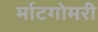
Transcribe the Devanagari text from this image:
र्माटगोमरी